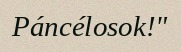
Páncélosok!"